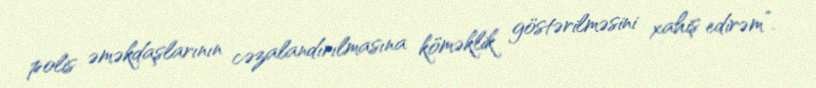
polis əməkdaşlarının cəzalandırılmasına köməklik göstərilməsini xahiş edirəm”.